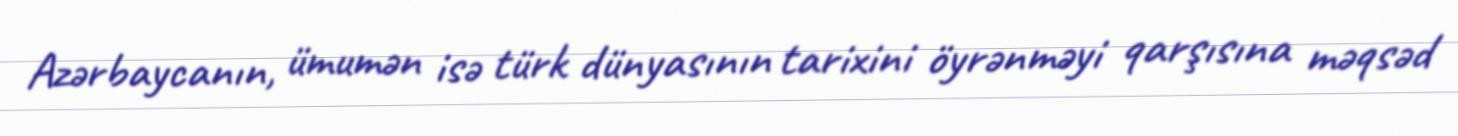
Azərbaycanın, ümumən isə türk dünyasının tarixini öyrənməyi qarşısına məqsəd